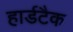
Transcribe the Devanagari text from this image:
हार्डटैक